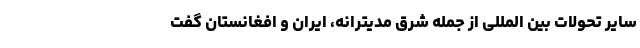
سایر تحولات بین المللی از جمله شرق مدیترانه، ایران و افغانستان گفت